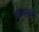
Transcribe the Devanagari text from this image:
थव्यातले